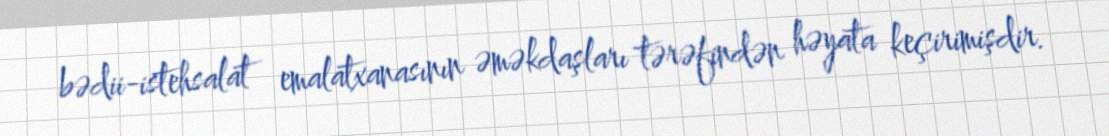
bədii-istehsalat emalatxanasının əməkdaşları tərəfindən həyata keçirimişdir.